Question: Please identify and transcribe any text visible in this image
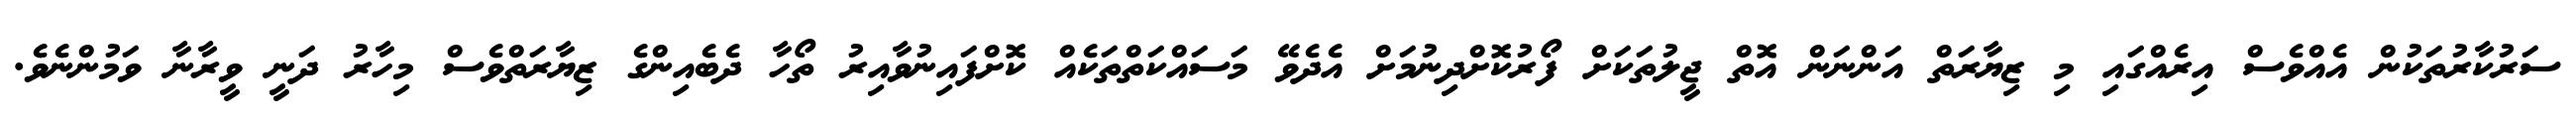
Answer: ސަރުކާރުތަކުން އެއްވެސް އިރެއްގައި މި ޒިޔާރަތް އަންނަން އޮތް ޖީލުތަކަށް ފޯރުކޮށްދިނުމަށް އެދެވޭ މަސައްކަތްތަކެއް ކޮށްފައިނުވާއިރު ތޯހާ ދެބެއިންގެ ޒިޔާރަތްވެސް މިހާރު ދަނީ ވީރާނާ ވަމުންނެވެ.